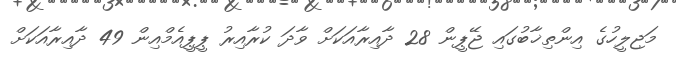
މަޖިލީހުގެ އިންތިޚާބުގައި ޖޭޕީން 28 ދާއިރާއަކަށް ވާދަ ކުރާއިރު ޕީޕީއެމްއިން 49 ދާއިރާއަކަށް